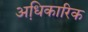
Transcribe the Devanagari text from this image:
अधि़कारिक